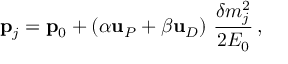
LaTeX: { \bf p } _ { j } = { \bf p } _ { 0 } + \left( \alpha { \bf u } _ { \SS P } + \beta { \bf u } _ { \SS D } \right) \, \frac { \delta m _ { j } ^ { 2 } } { 2 E _ { 0 } } \, ,